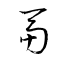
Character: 鬲